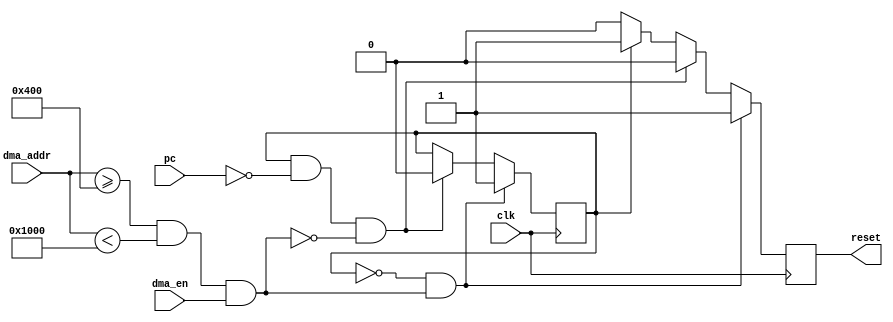

module  dma_X_stack (
    clk,
    pc,
    dma_addr,
    dma_en,

    reset,
);

input           clk;
input   [15:0]  pc;
input   [15:0]  dma_addr;
input           dma_en;
output          reset;

// MACROS ///////////////////////////////////////////
parameter SDATA_BASE = 16'h400;
parameter SDATA_SIZE = 16'hC00;
//
/////////////////////////////////////////////////////

parameter RESET_HANDLER = 16'h0000;
parameter RUN  = 1'b0, KILL = 1'b1;
//-------------Internal Variables---------------------------
reg             state;
reg             key_res;
//

initial
    begin
        state = KILL;
        key_res = 1'b1;
    end

wire invalid_access_x_stack = (dma_addr >= SDATA_BASE && dma_addr < SDATA_BASE + SDATA_SIZE) && dma_en;

always @(posedge clk) 
if( state == RUN && invalid_access_x_stack) 
    state <= KILL;
else if (state == KILL && pc == RESET_HANDLER && !invalid_access_x_stack)
    state <= RUN;
else state <= state;

always @(posedge clk)
if (state == RUN && invalid_access_x_stack)
    key_res <= 1'b1;
else if (state == KILL && pc == RESET_HANDLER && !invalid_access_x_stack)
    key_res <= 1'b0;
else if (state == KILL)
    key_res <= 1'b1;
else if (state == RUN)
    key_res <= 1'b0;
else key_res <= 1'b0;

assign reset = key_res;

endmodule